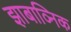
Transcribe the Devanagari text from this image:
झाबाव्निक